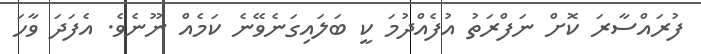
ފުރައްސާރަ ކޮށް ނަފްރަތު އުފެއްދުމަ ކީ ބަލައިގަނެވޭނެ ކަމެއް ނޫނެވެ. އެފަދަ ވާހަ